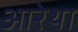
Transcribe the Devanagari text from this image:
आरेथा